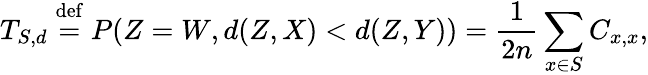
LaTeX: T_{S,d}\stackrel{\mathrm{def}}{=}P(Z=W,d(Z,X)<d(Z,Y))=\frac{1}{2n}\sum_{x\in S}C_{x,x},